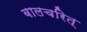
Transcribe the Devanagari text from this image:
बालचरित्‌